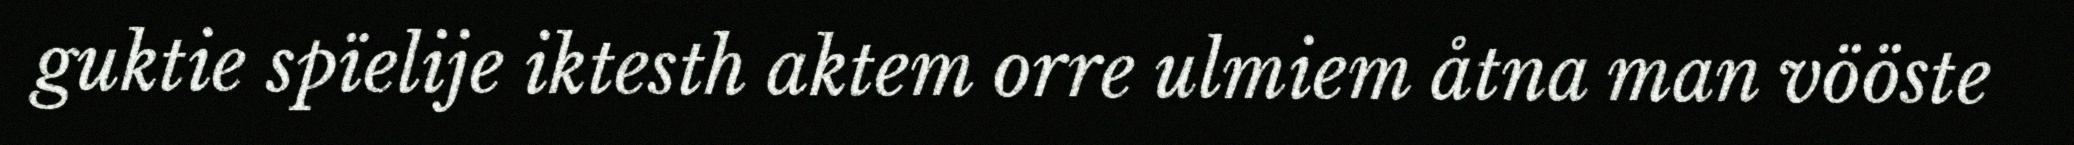
guktie spïelije iktesth aktem orre ulmiem åtna man vööste